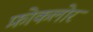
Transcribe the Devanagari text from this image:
फ़ोकलोर